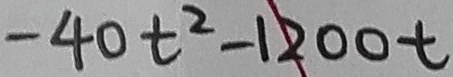
- 4 0 t ^ { 2 } - 1 2 0 0 t